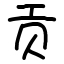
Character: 贡